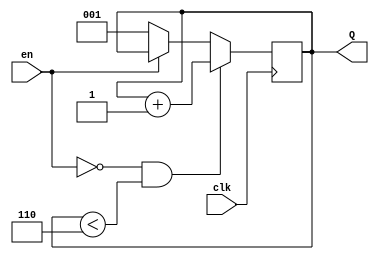
module CNT6_EN(en, clk, Q);

input en, clk;
output reg [2:0]Q;

always@(posedge clk )begin

  if(en == 0 && Q < 3'b110)
	  Q <= Q + 1'b1; 
	  
  else if(en == 0)
     Q <= 3'b001;
  
  else if(en==1)
     Q <= Q;
  
  
  
	  
end

initial begin
Q = 3'b001;end


endmodule